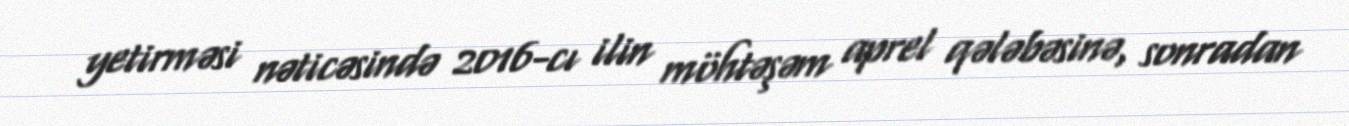
yetirməsi nəticəsində 2016-cı ilin möhtəşəm aprel qələbəsinə, sonradan